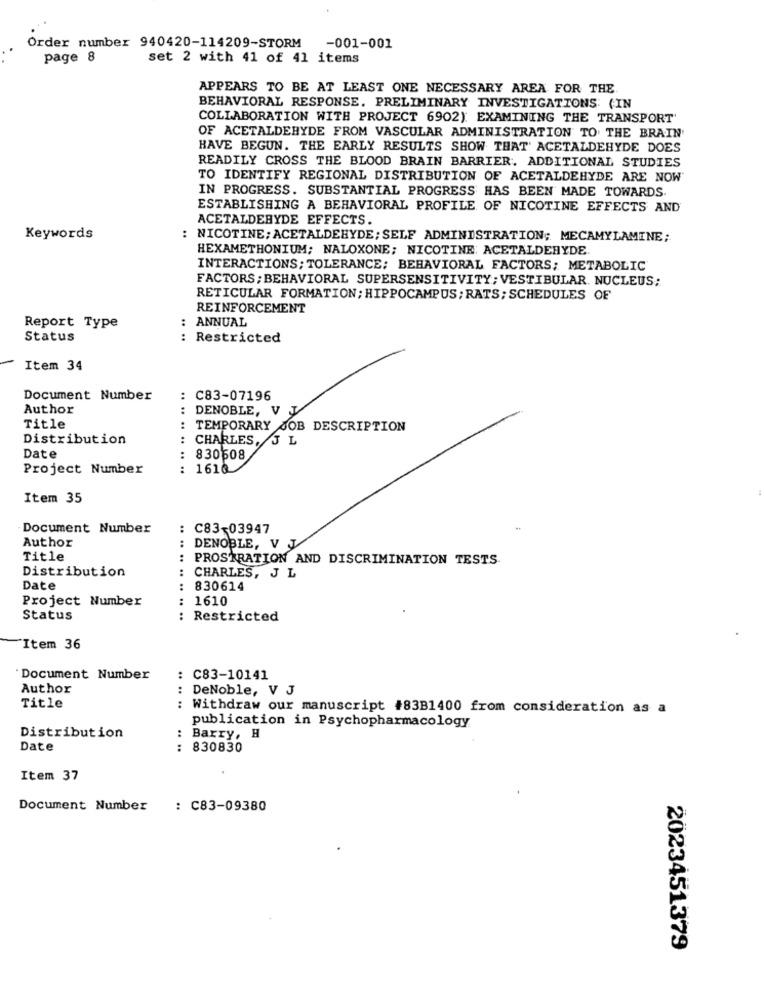
Order number 940420-114209-STORM
-001-001
page 8
set 2 with 41 of 41 items
APPEARS TO BE AT LEAST ONE NECESSARY AREA FOR THE
BEHAVIORAL RESPONSE. PRELIMINARY INVESTIGATIONS: (IN
COLLABORATION WITH PROJECT 6902): EXAMINING THE TRANSPORT'
OF ACETALDEHYDE FROM VASCULAR ADMINISTRATION TO THE BRAIN
HAVE BEGUN. THE EARLY RESULTS SHOW THAT' ACETALDEHYDE DOES
READILY CROSS THE BLOOD BRAIN BARRIER. ADDITIONAL STUDIES
TO IDENTIFY REGIONAL DISTRIBUTION OF ACETALDEHYDE ARE NOW
IN PROGRESS. SUBSTANTIAL PROGRESS HAS BEEN MADE TOWARDS
ESTABLISHING A BEHAVIORAL PROFILE OF NICOTINE EFFECTS AND
ACETALDEBYDE EFFECTS.
Keywords
: NICOTINE; ACETALDEHYDE; SELF ADMINISTRATION; MECAMYLAMINE;
HEXAMETHONIUM; NALOXONE; NICOTINE: ACETALDEHYDE.
INTERACTIONS; TOLERANCE; BEHAVIORAL FACTORS; METABOLIC
FACTORS; BEHAVIORAL SUPERSENSITIVITY; VESTIBULAR. NUCLEUS;
RETICULAR FORMATION; HIPPOCAMPUS; RATS; SCHEDULES OF
REINFORCEMENT
ANNUAL
Report Type
Status
Restricted
.. ..
Item 34
Document Number
: C83-07196
Author
: DENOBLE, V J
Title
: TEMPORARY JOB DESCRIPTION
Distribution
: CHARLES, 5 L
Date
: 830608
Project Number
:
1616
Item 35
Document Number
: C83-03947
Author
: DENOBLE, V J
Title
PROSTRATION AND DISCRIMINATION TESTS
Distribution
: CHARLES, J L
Date
:
830614
Project Number
..
1610
Status
: Restricted
Item 36
Document Number
: C83-10141
Author
: DeNoble, V J
Title
Withdraw our manuscript #83B1400 from consideration as a
....
:
publication in Psychopharmacology
Distribution
Barry, H
Date
: 830830
Item 37
Document Number
: C83-09380
2023451379